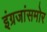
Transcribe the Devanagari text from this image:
इंग्रजांसमोर